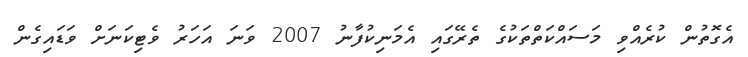
އެގޮތުން ކުރެއްވި މަސައްކަތްތަކުގެ ތެރޭގައި އެމަނިކުފާނު 2007 ވަނަ އަހަރު ވެޓިކަނަށް ވަޑައިގެން